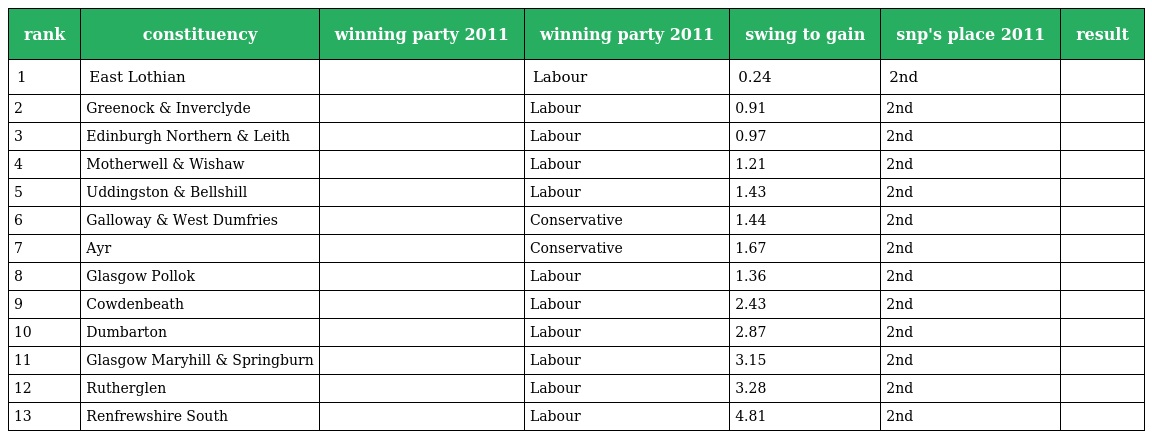
| rank | constituency | winning party 2011 | winning party 2011 | swing to gain | snp's place 2011 | result |
 | --- | --- | --- | --- | --- | --- | --- |
 | 1 | East Lothian |  | Labour | 0.24 | 2nd |  |
 | 2 | Greenock & Inverclyde |  | Labour | 0.91 | 2nd |  |
 | 3 | Edinburgh Northern & Leith |  | Labour | 0.97 | 2nd |  |
 | 4 | Motherwell & Wishaw |  | Labour | 1.21 | 2nd |  |
 | 5 | Uddingston & Bellshill |  | Labour | 1.43 | 2nd |  |
 | 6 | Galloway & West Dumfries |  | Conservative | 1.44 | 2nd |  |
 | 7 | Ayr |  | Conservative | 1.67 | 2nd |  |
 | 8 | Glasgow Pollok |  | Labour | 1.36 | 2nd |  |
 | 9 | Cowdenbeath |  | Labour | 2.43 | 2nd |  |
 | 10 | Dumbarton |  | Labour | 2.87 | 2nd |  |
 | 11 | Glasgow Maryhill & Springburn |  | Labour | 3.15 | 2nd |  |
 | 12 | Rutherglen |  | Labour | 3.28 | 2nd |  |
 | 13 | Renfrewshire South |  | Labour | 4.81 | 2nd |  |